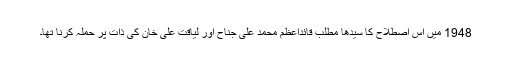
1948 میں اس اصطلاح کا سیدھا مطلب قائداعظم محمد علی جناح اور لیاقت علی خان کی ذات پر حملہ کرنا تھا۔